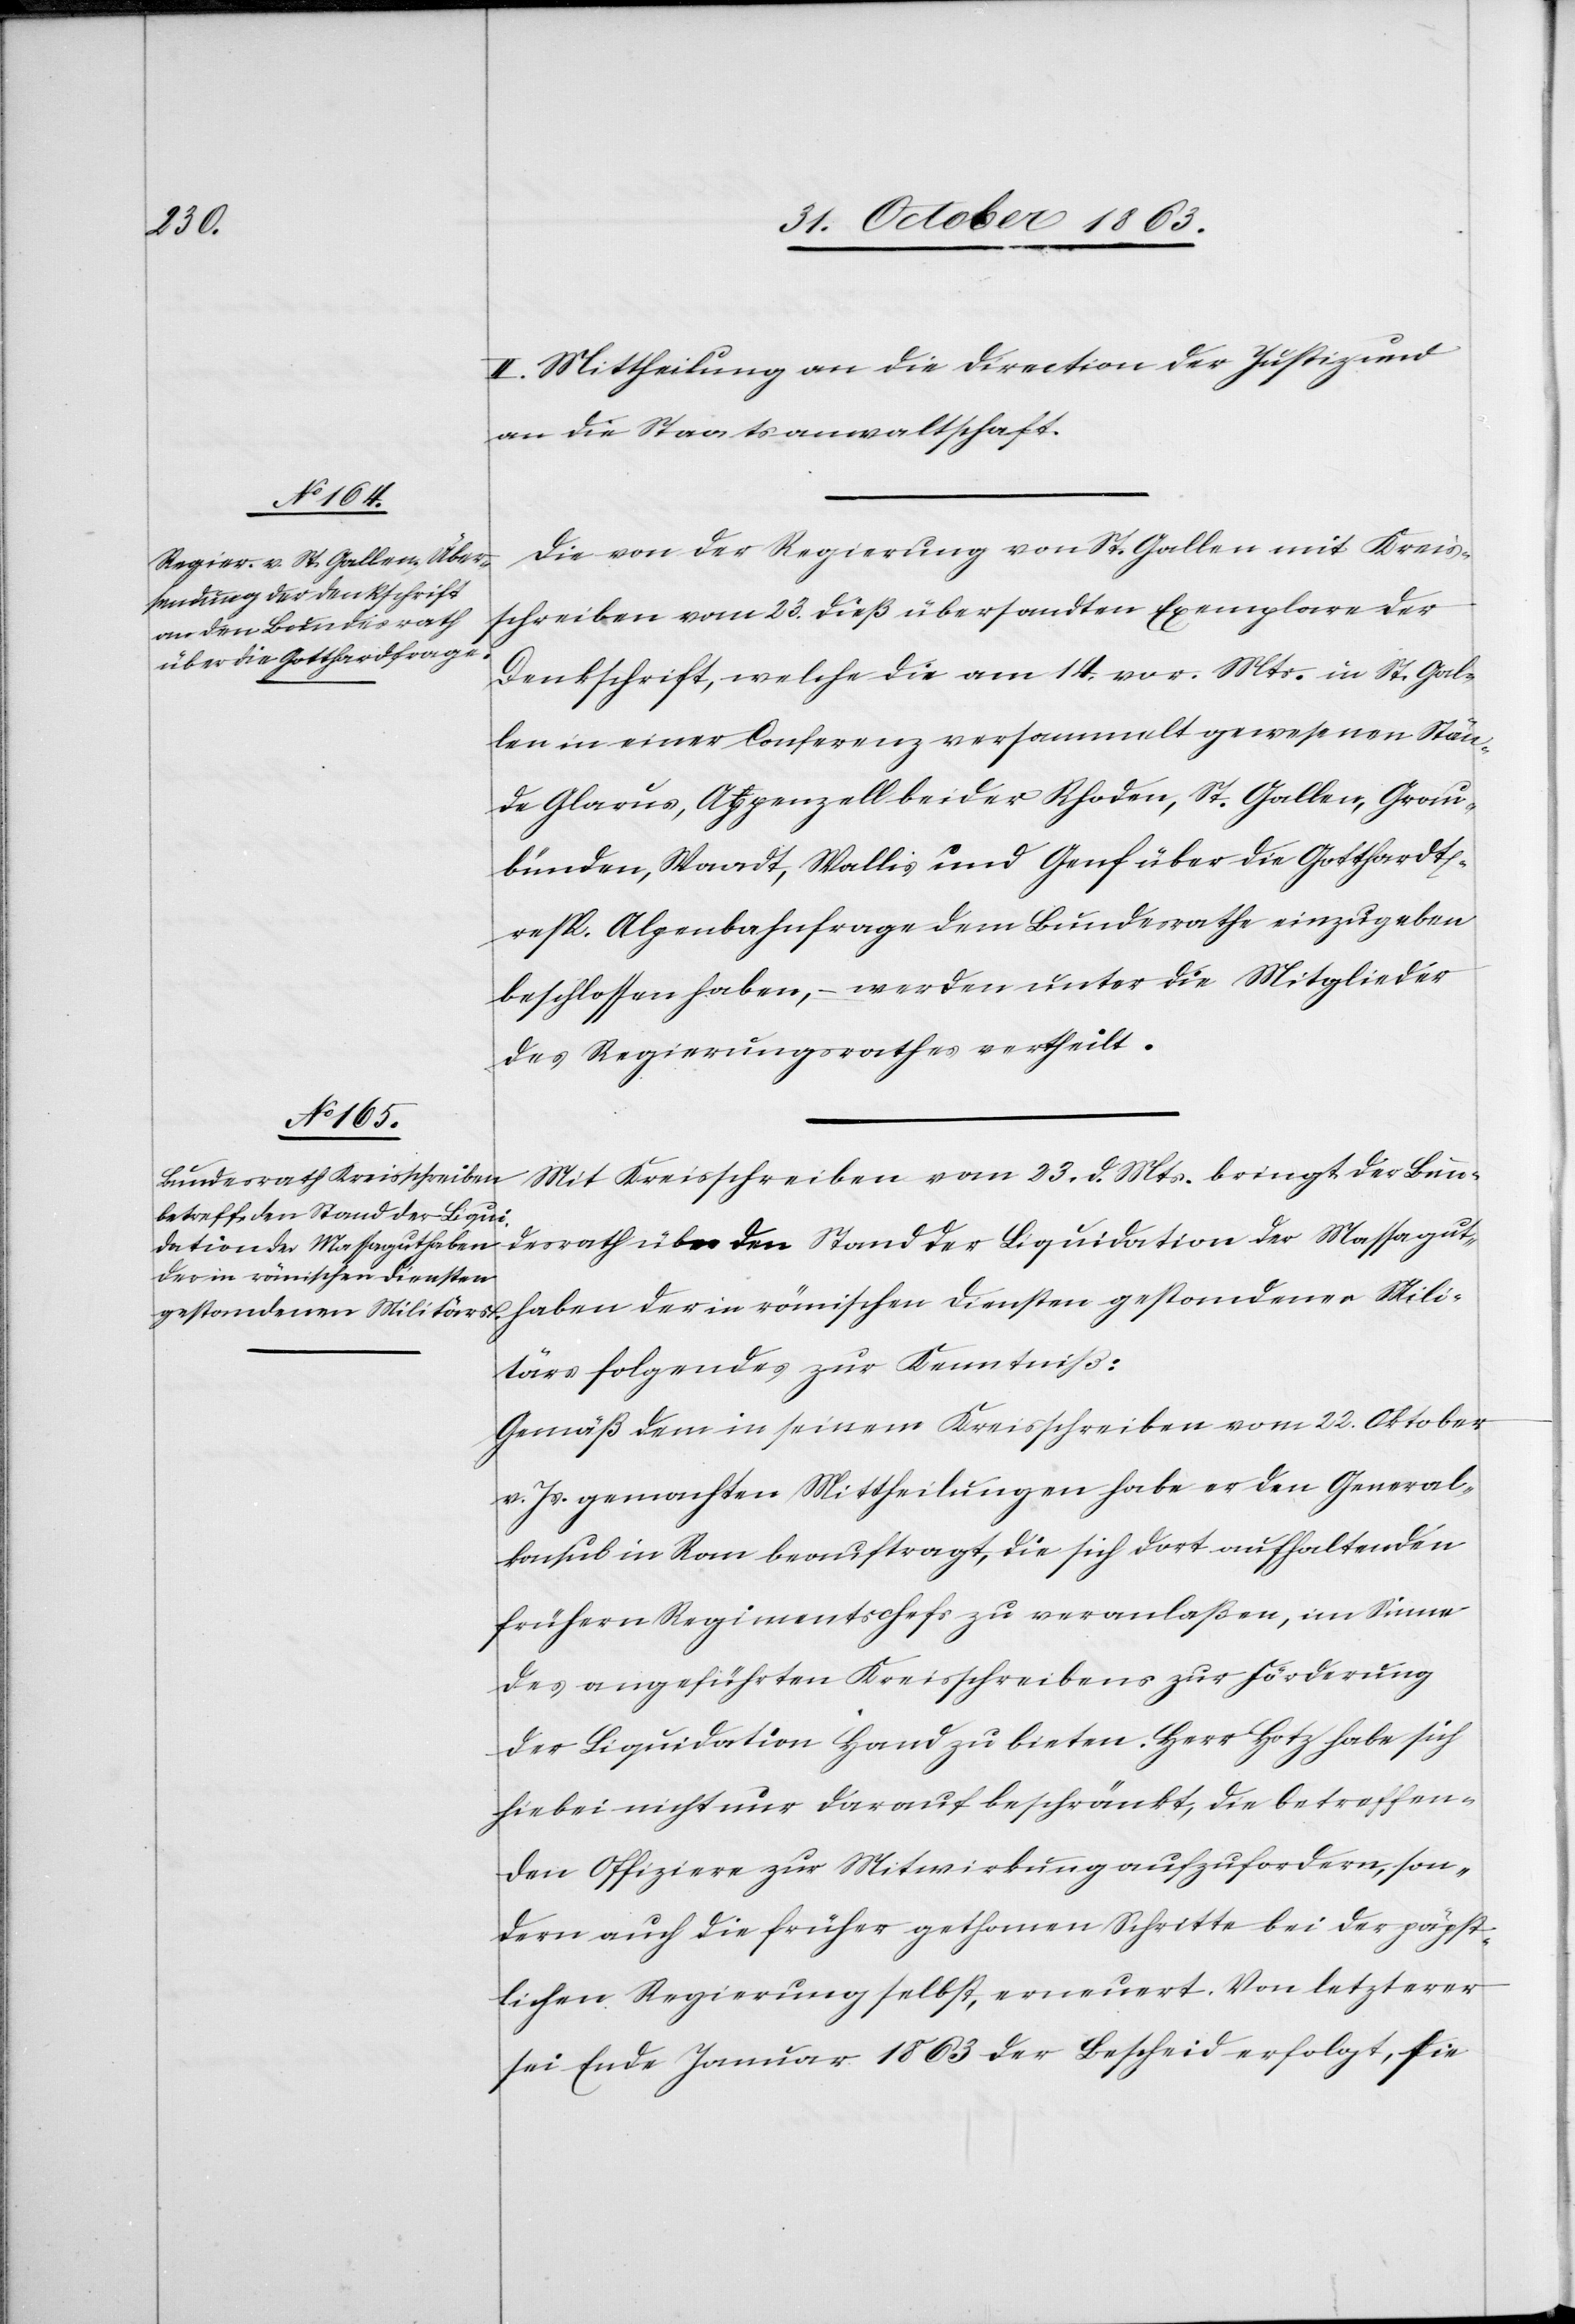
II. Mittheilung an die Direction der Justiz und
an die Staatsanwaltschaft.
Die von der Regierung von St. Gallen mit Kreis¬
schreiben vom 23. dieß übersandten Exemplare der
Denkschrift, welche die am 14. vor. Mts. in St. Gal¬
len in einer Conferenz versammelt gewesenen Stän¬
de Glarus, Appenzell beider Rhoden, St. Gallen, Grau¬
bünden, Waadt, Wallis und Genf über die Gotthardt-
resp. Alpenbahnfrage dem Bundesrathe einzugeben
beschlossen haben, – werden unter die Mitglieder
des Regierungsrathes vertheilt.
Mit Kreisschreiben vom 23. d. Mts. bringt der Bun¬
desrath über den Stand der Liquidation der Massagut¬
haben der in römischen Diensten gestandener Mili¬
tärs folgendes zur Kenntniß:
Gemäß dem [sic!] in seinem Kreisschreiben vom 22. Oktober
v. Js. gemachten Mittheilungen habe er den General¬
konsul in Rom beauftragt, die sich dort aufhaltenden
frühern Regimentschefs zu veranlaßen, im Sinne
des angeführten Kreisschreibens zur Förderung
der Liquidation Hand zu bieten. Herr Hotz habe sich
hiebei nicht nur darauf beschränkt, die betreffen¬
den Offiziere zur Mitwirkung aufzufordern, son¬
dern auch die früher gethanen Schritte bei der päpst¬
lichen Regierung selbst, erneuert. Von letzterer
sei Ende Januar 1863 der Bescheid erfolgt, sie